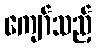
ကျော်သည့်